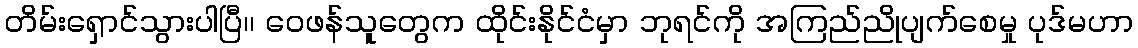
တိမ်းရှောင်သွားပါပြီ၊၊ ဝေဖန်သူတွေက ထိုင်းနိုင်ငံမှာ ဘုရင်ကို အကြည်ညိုပျက်စေမှု ပုဒ်မဟာ